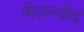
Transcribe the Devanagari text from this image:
मिलनकेंद्र